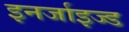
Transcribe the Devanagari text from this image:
इनर्जाइज्ड